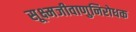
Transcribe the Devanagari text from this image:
सूक्ष्मजीवाणुनिरोधक